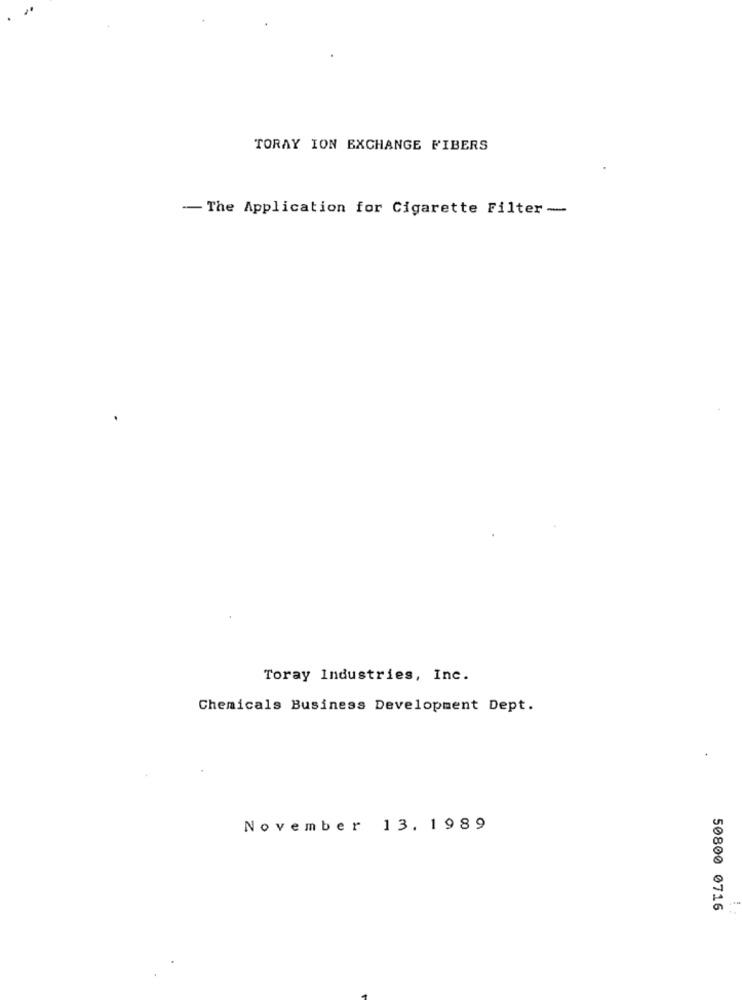
TORAY ION EXCHANGE FIBERS
-- The Application for Cigarette Filter-
Toray Industries, Inc.
Chemicals Business Development Dept.
November 13. 1989
50800 0716